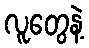
လူတွေနဲ့